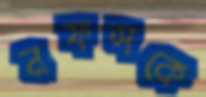
নফসকে